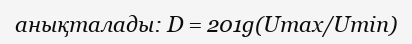
анықталады: D = 201g(Umax/Umin)